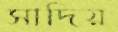
সাদিয়